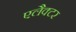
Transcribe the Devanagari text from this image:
एलैक्टर